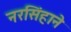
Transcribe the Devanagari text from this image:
नरसिंहाने